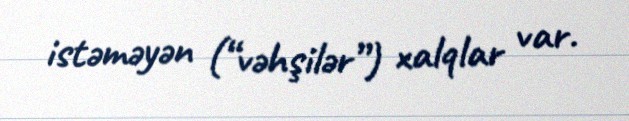
istəməyən (“vəhşilər”) xalqlar var.